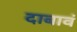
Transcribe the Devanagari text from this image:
दाबावं